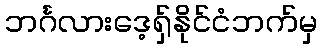
ဘင်္ဂလားဒေ့ရှ်နိုင်ငံဘက်မှ